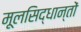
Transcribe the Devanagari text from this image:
मूलसिद्धान्‍तों